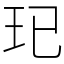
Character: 𤣱